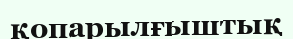
қопарылғыштық